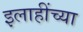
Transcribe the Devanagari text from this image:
इलाहींच्या